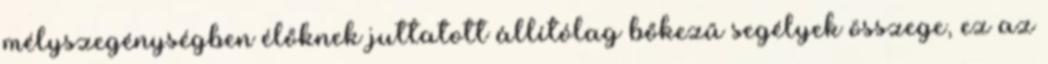
mélyszegénységben élőknek juttatott állítólag bőkezű segélyek összege, ez az